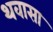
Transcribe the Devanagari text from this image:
थवासा